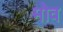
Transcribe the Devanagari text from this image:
मोव